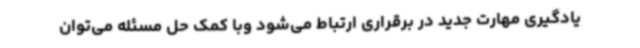
یادگیری مهارت جدید در برقراری ارتباط می‌شود وبا کمک حل مسئله می‌توان